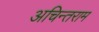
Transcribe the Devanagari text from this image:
अचिन्तराम